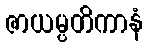
ဇာယမ္ပတိကာနံ